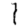
Digit: 1